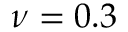
\nu = 0 . 3